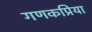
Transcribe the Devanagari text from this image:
गणकप्रिया